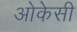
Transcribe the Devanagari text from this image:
ओकेसी